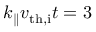
k _ { \parallel } v _ { \mathrm { t h , i } } t = 3